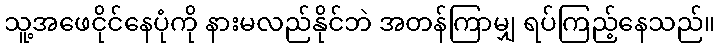
သူ့အဖေငိုင်နေပုံကို နားမလည်နိုင်ဘဲ အတန်ကြာမျှ ရပ်ကြည့်နေသည်။